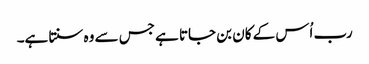
رب اُس کے کان بن جاتا ہے جس سے وہ سنتا ہے۔